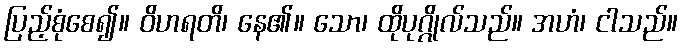
ပြည့်စုံစေ၍။ ဝိဟရတိ၊ နေ၏။ သော၊ ထိုပုဂ္ဂိုလ်သည်။ အဟံ၊ ငါသည်။